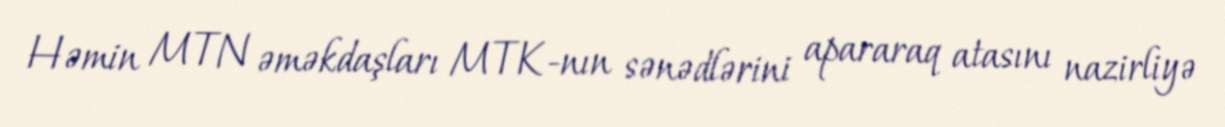
Həmin MTN əməkdaşları MTK-nın sənədlərini apararaq atasını nazirliyə